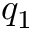
q _ { 1 }